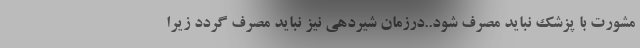
مشورت با پزشک نباید مصرف شود..درزمان شیردهی نیز نباید مصرف گردد زیرا